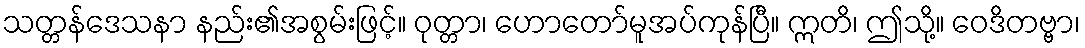
သတ္တန်ဒေသနာ နည်း၏အစွမ်းဖြင့်။ ဝုတ္တာ၊ ဟောတော်မူအပ်ကုန်ပြီ။ ဣတိ၊ ဤသို့။ ဝေဒိတဗ္ဗာ၊